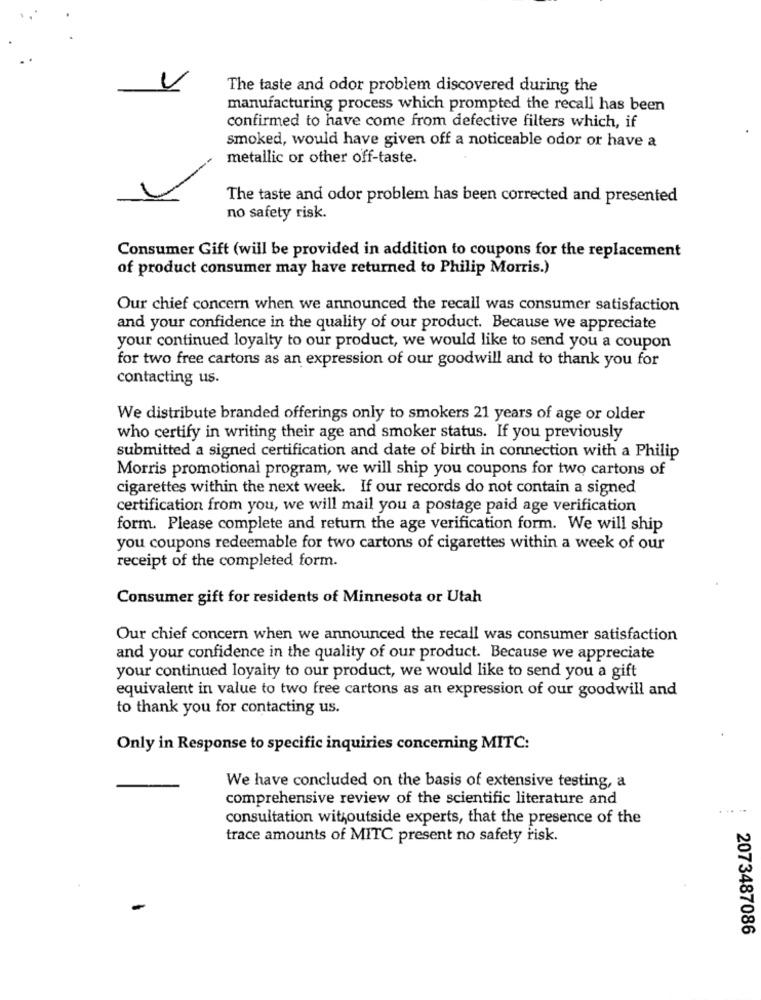
V
The taste and odor problem discovered during the
manufacturing process which prompted the recall has been
confirmed to have come from defective filters which, if
smoked, would have given off a noticeable odor or have a
metallic or other off-taste.
The taste and odor problem has been corrected and presented
no safety risk.
Consumer Gift (will be provided in addition to coupons for the replacement
of product consumer may have returned to Philip Morris.)
Our chief concern when we announced the recall was consumer satisfaction
and your confidence in the quality of our product. Because we appreciate
your continued loyalty to our product, we would like to send you a coupon
for two free cartons as an expression of our goodwill and to thank you for
contacting us.
We distribute branded offerings only to smokers 21 years of age or older
who certify in writing their age and smoker status. If you previously
submitted a signed certification and date of birth in connection with a Philip
Morris promotional program, we will ship you coupons for two cartons of
cigarettes within the next week. If our records do not contain a signed
certification from you, we will mail you a postage paid age verification
form. Please complete and return the age verification form. We will ship
you coupons redeemable for two cartons of cigarettes within a week of our
receipt of the completed form.
Consumer gift for residents of Minnesota or Utah
Our chief concern when we announced the recall was consumer satisfaction
and your confidence in the quality of our product. Because we appreciate
your continued loyalty to our product, we would like to send you a gift
equivalent in value to two free cartons as an expression of our goodwill and
to thank you for contacting us.
Only in Response to specific inquiries concerning MITC:
We have concluded on the basis of extensive testing, a
comprehensive review of the scientific literature and
consultation withoutside experts, that the presence of the
trace amounts of MITC present no safety risk.
2073487086